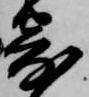
寄